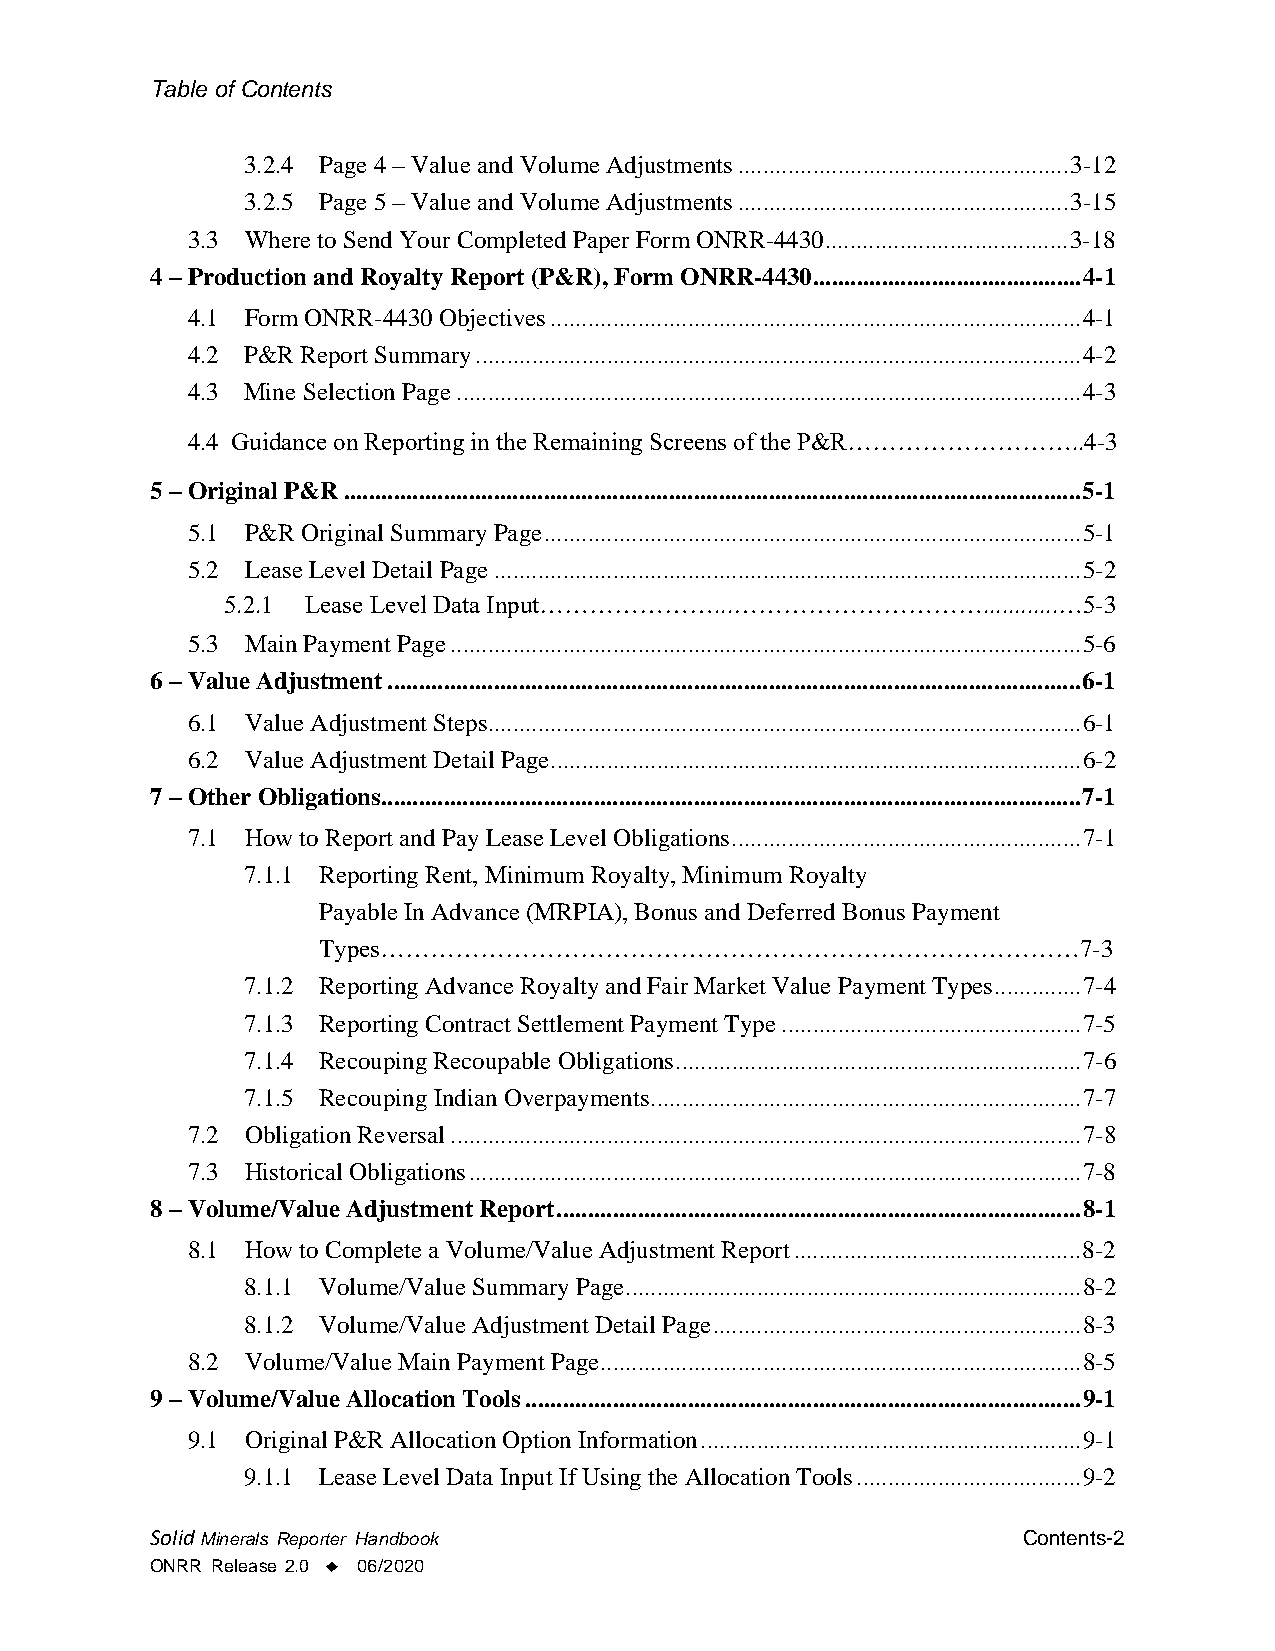
Table of Contents
 3.2.4 Page 4 – Value and Volume Adjustments ..................................................... 3-12
 3.2.5 Page 5 – Value and Volume Adjustments ..................................................... 3-15
 3.3 Where to Send Your Completed Paper Form ONRR-4430 ....................................... 3-18
 4 – Production and Royalty Report (P&R), Form ONRR-4430 ........................................... 4-1
 4.1 Form ONRR-4430 Objectives ..................................................................................... 4-1
 4.2 P&R Report Summary ................................................................................................. 4-2
 4.3 Mine Selection Page .................................................................................................... 4-3
 4.4 Guidance on Reporting in the Remaining Screens of the P&R………………………..4-3
 5 – Original P&R ...................................................................................................................... 5-1
 5.1 P&R Original Summary Page ...................................................................................... 5-1
 5.2 Lease Level Detail Page .............................................................................................. 5-2
 5.2.1 Lease Level Data Input…………………...…………………………............…5-3
 5.3 Main Payment Page ..................................................................................................... 5-6
 6 – Value Adjustment ............................................................................................................... 6-1
 6.1 Value Adjustment Steps............................................................................................... 6-1
 6.2 Value Adjustment Detail Page ..................................................................................... 6-2
 7 – Other Obligations................................................................................................................ 7-1
 7.1 How to Report and Pay Lease Level Obligations ........................................................ 7-1
 7.1.1 Reporting Rent, Minimum Royalty, Minimum Royalty
 Payable In Advance (MRPIA), Bonus and Deferred Bonus Payment
 Types…………………………………………………………………………7-3
 7.1.2 Reporting Advance Royalty and Fair Market Value Payment Types .............. 7-4
 7.1.3 Reporting Contract Settlement Payment Type ................................................ 7-5
 7.1.4 Recouping Recoupable Obligations ................................................................. 7-6
 7.1.5 Recouping Indian Overpayments ..................................................................... 7-7
 7.2 Obligation Reversal ..................................................................................................... 7-8
 7.3 Historical Obligations .................................................................................................. 7-8
 8 – Volume/Value Adjustment Report .................................................................................... 8-1
 8.1 How to Complete a Volume/Value Adjustment Report .............................................. 8-2
 8.1.1 Volume/Value Summary Page ......................................................................... 8-2
 8.1.2 Volume/Value Adjustment Detail Page........................................................... 8-3
 8.2 Volume/Value Main Payment Page............................................................................. 8-5
 9 – Volume/Value Allocation Tools ......................................................................................... 9-1
 9.1 Original P&R Allocation Option Information ............................................................. 9-1
 9.1.1 Lease Level Data Input If Using the Allocation Tools .................................... 9-2
 Solid Minerals Reporter Handbook                          Contents-2
 ONRR Release 2.0 ♦ 06/2020